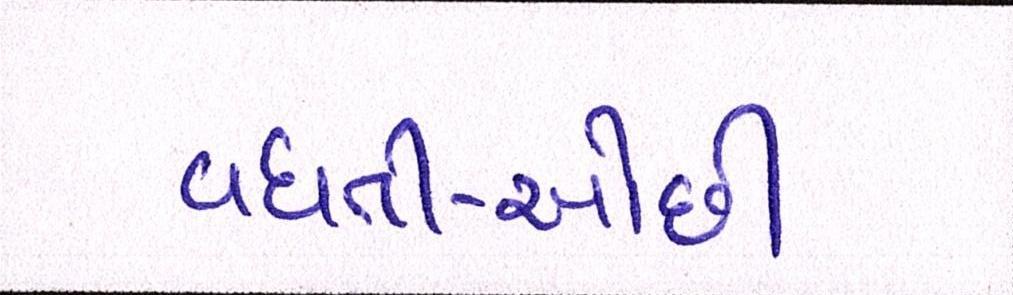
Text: વધતી-ઓછી